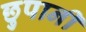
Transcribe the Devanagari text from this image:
छुपानी